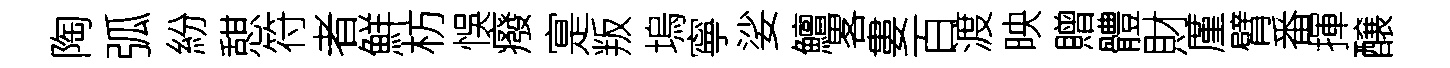
陶弧紛憇符者鮮枋悞癈寔叛塢寧娑鱣畧婁百渡映贈體財厪臂番揮醸